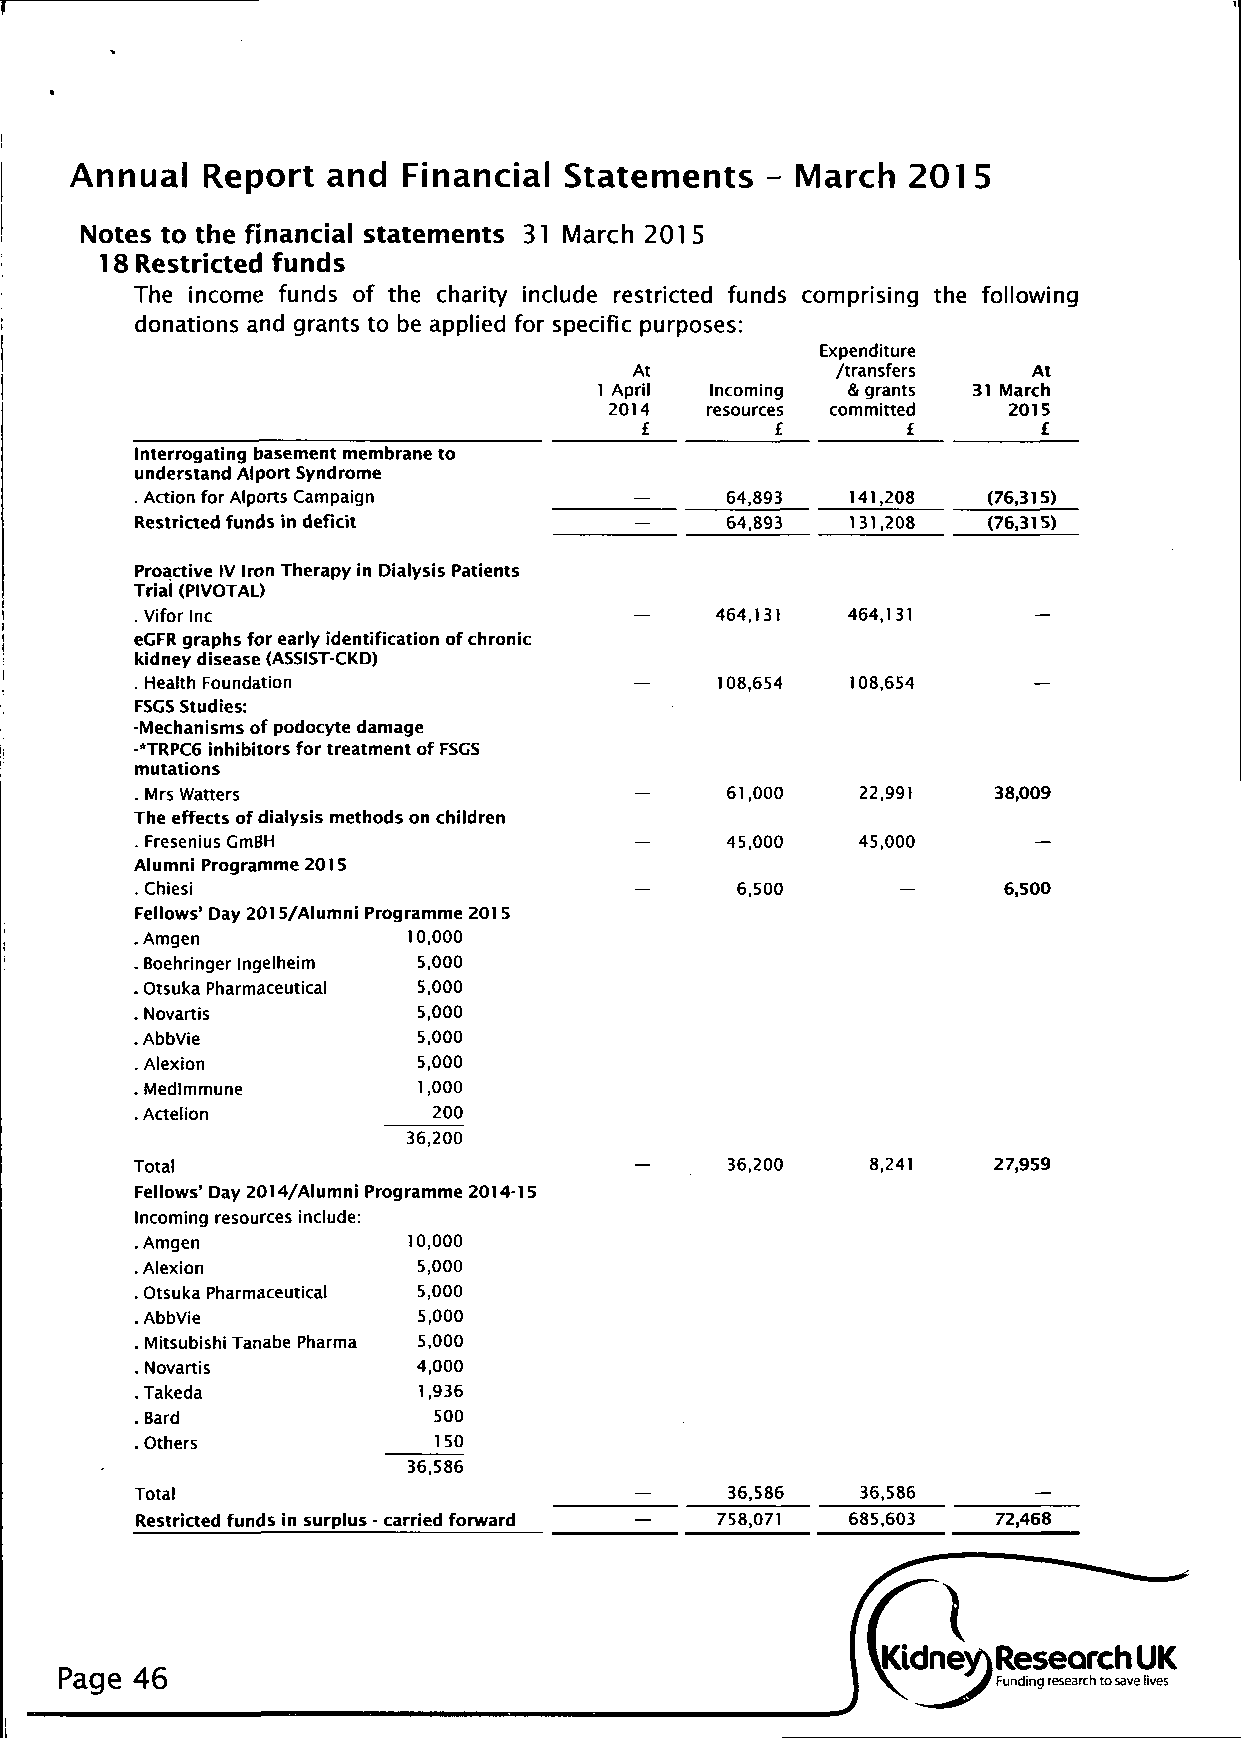
Annual  Report   and  Financial Statements   - March  2015
 Notes to the financial statements 31 March 201 5
 18 Restricted funds
 The income funds of the charity include restricted funds comprising the following
 donations and grants to be applied for specific purposes:
 Expenditure
 At           /transfers   At
 1 April Incoming & grants 31 March
 2014   resources committed 2015
 £        £        £        £
 Interrogating basement membrane to
 understand Alport Syndrome
 . Action for Alports Campaign          64,893  141,208  (76,315)
 Restricted funds in deficit            64,893  131,208  (76,315)
 Proactive IV Iron Therapy in Dialysis Patients
 Triai (PIVOTAL)
 . Vifor Inc                           464,131  464,131
 eCFR graphs for early identification of chronic
 kidney disease (ASSIST-CKD)
 . Health Foundation                   108,654  108,654
 FSCS Studies:
 -Mechanisms of podocyte damage
 -*TRPC6 inhibitors for treatment of FSGS
 mutations
 . Mrs Watters                          61,000   22,991   38,009
 The effects of dialysis methods on children
 . Fresenius GmBH                       45,000   45,000
 Alumni Programme 2015
 . Chiesi                                6,500            6,500
 Fellows' Day 2015/Alumni Programme 201 5
 .Amgen            10,000
 . Boehringer Ingelheim 5,000
 . Otsuka Pharmaceutical 5,000
 . Novartis         5,000
 .AbbVie            5,000
 . Alexion          5,000
 . Medlmmune       1,000
 . Actelion          200
 36,200
 Total                                  36,200    8,241   27,959
 Fellows' Day 2014/Alumni Programme 2014-15
 Incoming resources include:
 .Amgen            10,000
 .Alexion           5,000
 . Otsuka Pharmaceutical 5,000
 .AbbVie            5,000
 . Mitsubishi Tanabe Pharma 5,000
 . Novartis         4,000
 .Takeda           1,936
 . Bard              500
 . Others            150
 36,586
 Total                                  36,586   36,586
 Restricted funds in surplus - carried forward 758,071 685,603 72,468